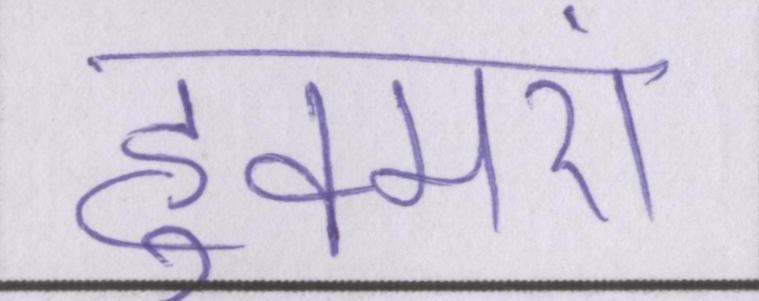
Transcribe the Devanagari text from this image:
हुक्मरां